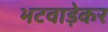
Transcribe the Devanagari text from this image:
भटवाड़ेकर